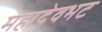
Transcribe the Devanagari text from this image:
महादेवभट